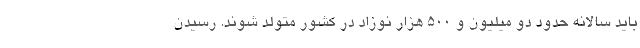
باید سالانه حدود دو میلیون و ۵۰۰ هزار نوزاد در کشور متولد شوند. رسیدن